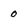
Character: 0